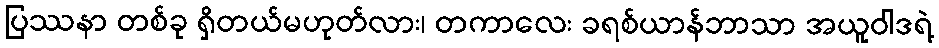
ပြဿနာ တစ်ခု ရှိတယ်မဟုတ်လား၊ တကာလေး ခရစ်ယာန်ဘာသာ အယူဝါဒရဲ့